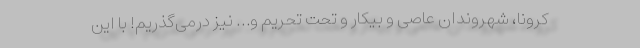
کرونا، شهروندان عاصی و بیکار و تحت تحریم و… نیز درمی‌گذریم! با این